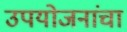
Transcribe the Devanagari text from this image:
उपयोजनांचा